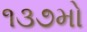
૧૩૭મો